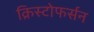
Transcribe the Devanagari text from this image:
क्रिस्टोफर्सन